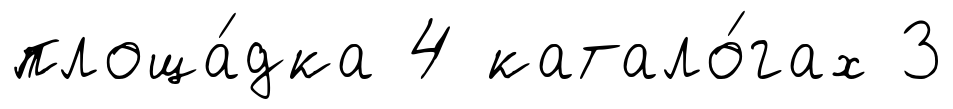
площа́дка 4 катало́гах 3